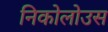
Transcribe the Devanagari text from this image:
निकोलोउस